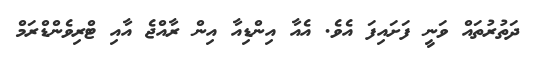
ދަތުރުތައް ވަނީ ފަށައިފަ އެވެ. އެއާ އިންޑިއާ އިން ރާއްޖެ އާއި ޓްރިވެންޑްރަމް